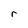
Character: r